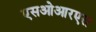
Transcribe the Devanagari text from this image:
एसओआरएस